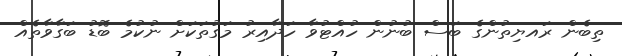
ތިބެން ރައޔިތުންގެ ބަސް ބުނުން ހުއްޓުވާ ހަދާއިރު މަގުތަކަށް ނުކުމެ ބޮޑު ބަގާވާތެއް